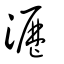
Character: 瀝